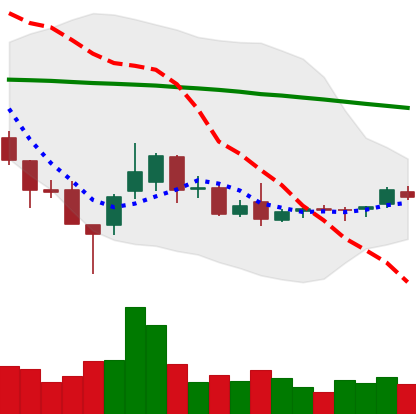
Ticker: ETC-USD
Chart end date: 2018-08-29
Forward return: 8.059%
Label: up_7plus